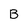
Character: B